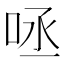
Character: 𠱺